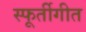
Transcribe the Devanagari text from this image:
स्फूर्तीगीत